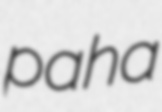
paha